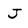
Character: J